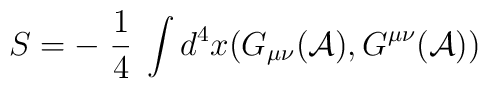
S = - \; \frac{1}{4}\; \int d^{4}x (G_{\mu\nu}({\cal A}), G^{\mu\nu}({\cal A}))